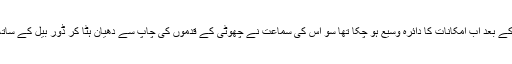
اس نئے خیال کے بعد اب امکانات کا دائرہ وسیع ہو چکا تھا سو اس کی سماعت نے چھوٹی کے قدموں کی چاپ سے دھیان ہٹا کر ڈور بیل کے ساتھ تعلق جوڑ لیا۔